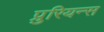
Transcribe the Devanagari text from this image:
प्रुरियन्स